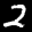
Label: 2